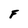
Character: F